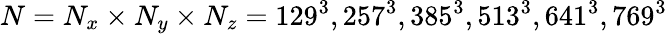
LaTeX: N=N_{x}\times N_{y}\times N_{z}=129^{3},257^{3},385^{3},513^{3},641^{3},769^{3}